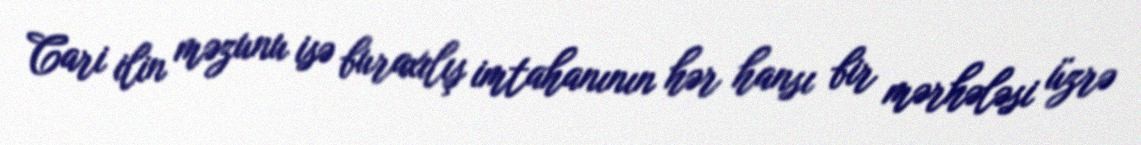
Cari ilin məzunu isə buraxılış imtahanının hər hansı bir mərhələsi üzrə